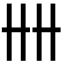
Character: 𠦌